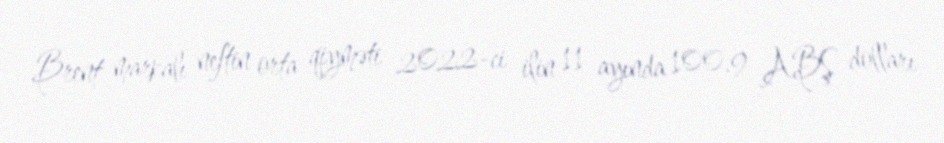
Brent markalı neftin orta qiyməti 2022-ci ilin 11 ayında 100.9 ABŞ dolları